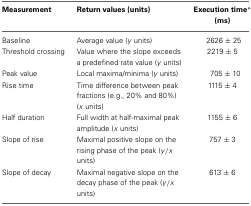
<table><thead><tr><td><b>Measurement</b></td><td><b>Return values (units)</b></td><td><b>Execution time<sup>*</sup> (ms)</b></td></tr></thead><tbody><tr><td>Baseline</td><td>Average value (<i>y</i> units)</td><td>2626 ± 25</td></tr><tr><td>Threshold crossing</td><td>Value where the slope exceeds a predefined rate value (<i>y</i> units)</td><td>2219 ± 5</td></tr><tr><td>Peak value</td><td>Local maxima/minima (<i>y</i> units)</td><td>705 ± 10</td></tr><tr><td>Rise time</td><td>Time difference between peak fractions (e.g., 20% and 80%) (<i>x</i> units)</td><td>1115 ± 4</td></tr><tr><td>Half duration</td><td>Full width at half-maximal peak amplitude (<i>x</i> units)</td><td>1155 ± 6</td></tr><tr><td>Slope of rise</td><td>Maximal positive slope on the rising phase of the peak (<i>y</i>/<i>x</i> units)</td><td>757 ± 3</td></tr><tr><td>Slope of decay</td><td>Maximal negative slope on the decay phase of the peak (<i>y</i>/<i>x</i> units)</td><td>613 ± 6</td></tr></tbody></table>